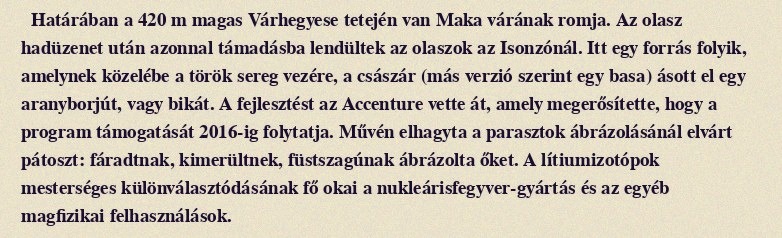
Határában a 420 m magas Várhegyese tetején van Maka várának romja. Az olasz hadüzenet után azonnal támadásba lendültek az olaszok az Isonzónál. Itt egy forrás folyik, amelynek közelébe a török sereg vezére, a császár (más verzió szerint egy basa) ásott el egy aranyborjút, vagy bikát. A fejlesztést az Accenture vette át, amely megerősítette, hogy a program támogatását 2016-ig folytatja. Művén elhagyta a parasztok ábrázolásánál elvárt pátoszt: fáradtnak, kimerültnek, füstszagúnak ábrázolta őket. A lítiumizotópok mesterséges különválasztódásának fő okai a nukleárisfegyver-gyártás és az egyéb magfizikai felhasználások.